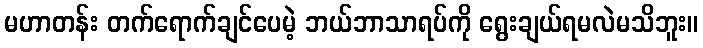
မဟာတန်း တက်ရောက်ချင်ပေမဲ့ ဘယ်ဘာသာရပ်ကို ရွေးချယ်ရမလဲမသိဘူး။